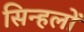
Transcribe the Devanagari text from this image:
सिन्हलों